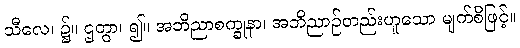
သီလေ၊ ၌။ ဌတွာ၊ ၍။ အဘိညာစက္ခုနာ၊ အဘိညာဉ်တည်းဟူသော မျက်စိဖြင့်။